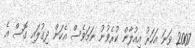
2007 ވަނަ އަހަރު އިއުލާން ކުރެވުނު ނަމަވެސް އެކަން ދިގުލައި ގޮސް އެ